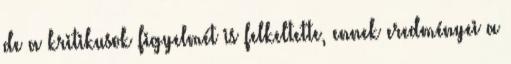
de a kritikusok figyelmét is felkeltette, ennek eredményei a